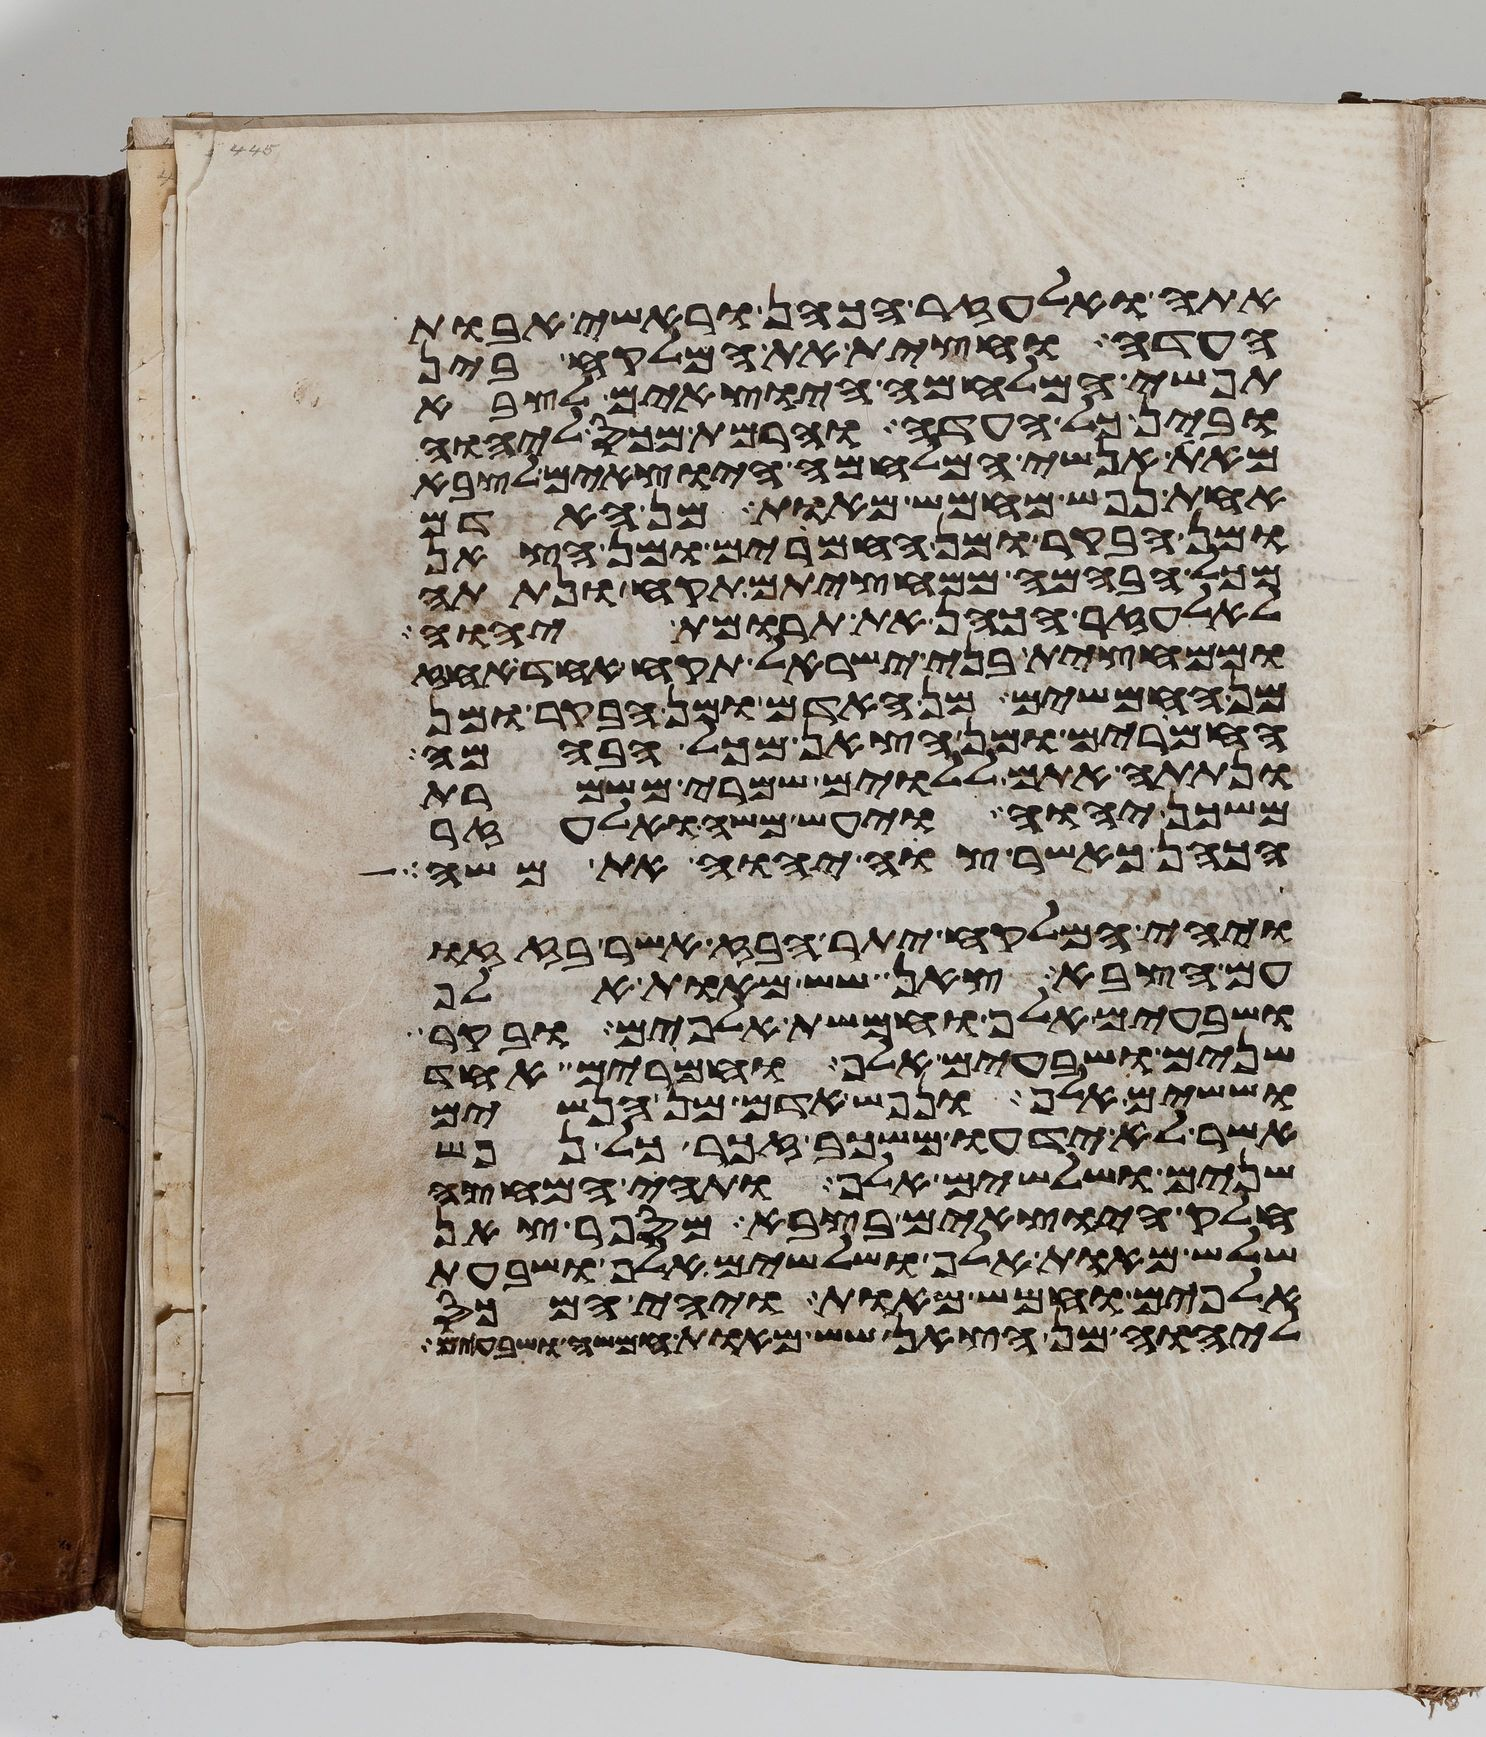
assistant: אתה ואלעזר הכהן וראשי אבות
העדה וחצית את המלקח בין
תפשי המלחמה היוצאים לצבא
ובין כל העדה והרמת מכס ליהוה
מאת אנשי המלחמה היוצאים לצבא
אחת נפש מחמש מאות מן האדם
ומן הבקר ומן החמרים ומן הצאן
מכל הבהמה ממחציתם תקח ונתתה
לאלעזר הכהן את תרומת יהוה
וממחצית בני ישראל תקח אחד אחז
החמשים מן האדם ומן הבקר ומן
החמרים ומן הצאן מכל הבהמה
ונתתה אתם ללוים שמרי משמרת
משכן יהוה ויעש משה ואלעזר
הכהן כאשר צוה יהוה את משה
ויהי המלקח יתר הבז אשר בזזו
עם הצבא צאן שש מאות אלף
ושבעים אלף וחמשת אלפים ובקר
שנים ושבעים אלף וחמרים אחד
וששים אלף ונפש אדם מן הנשים
אשר לא ידעו משכב זכר כל נפש
שנים ושלשים אלף ותהי המחצה
חלק היוצאים בצבא מספר צאן
שלש מאות אלף ושלשים אלף ושבעת
אלפים וחמש מאות ויהי המכס
ליהוה מן הצאן שש מאות חמשה ושבעים